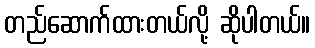
တည်ဆောက်ထားတယ်လို့ ဆိုပါတယ်။